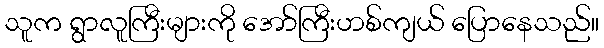
သူက ရွာလူကြီးများကို အော်ကြီးဟစ်ကျယ် ပြောနေသည်။